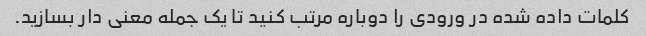
کلمات داده شده در ورودی را دوباره مرتب کنید تا یک جمله معنی دار بسازید.